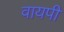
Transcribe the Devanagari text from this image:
वायपी